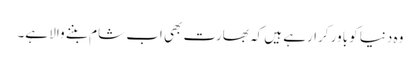
وہ دنیا کو باور کرارہے ہیں کہ بھارت بھی اب شام بننے والا ہے۔